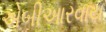
એબીઆરવાય